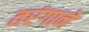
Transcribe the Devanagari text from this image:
तरंगाने